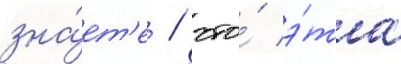
зна́ет'е / что́ э́та